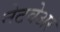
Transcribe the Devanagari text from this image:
नेटवेअर